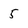
Character: 5